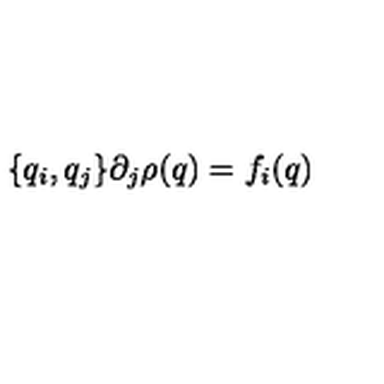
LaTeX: \{ q _ { i } , q _ { j } \} \partial _ { j } \rho ( q ) = f _ { i } ( q )